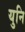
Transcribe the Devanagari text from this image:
युनि